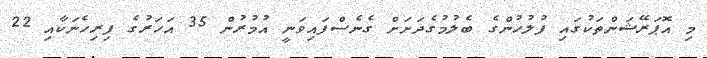
މި އޮޕަރޭޝަންތަކުގައި ފުލުހުންގެ ބެލުމުގެދަށަށް ގެނެސްފައިވަނީ އުމުރުން 35 އަހަރުގެ ފިރިހެނަކާއި 22